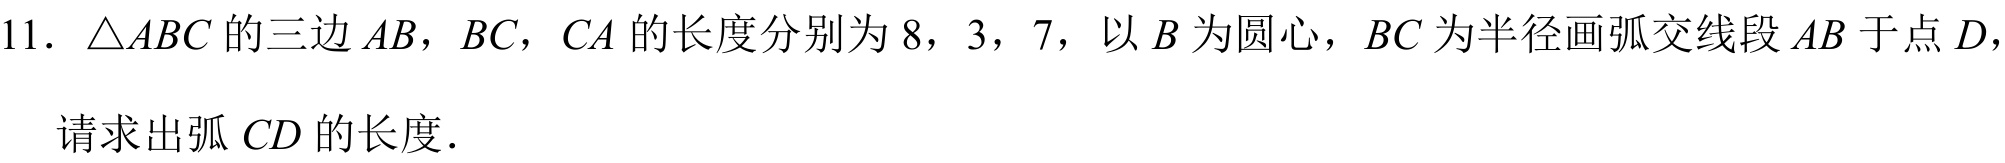
11. $\triangle ABC$的三边$AB$，$BC$，$CA$的长度分别为$8$，$3$，$7$，以$B$为圆心，$BC$为半径画弧交线段$AB$于点$D$，
请求出弧$CD$的长度．